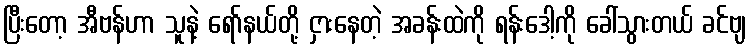
ပြီးတော့ အီဗန်ဟာ သူနဲ့ ရော်နယ်တို့ ငှားနေတဲ့ အခန်းထဲကို ရန်းဒေါ့ကို ခေါ်သွားတယ် ခင်ဗျ